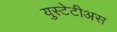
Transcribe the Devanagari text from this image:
युस्टेटीअस